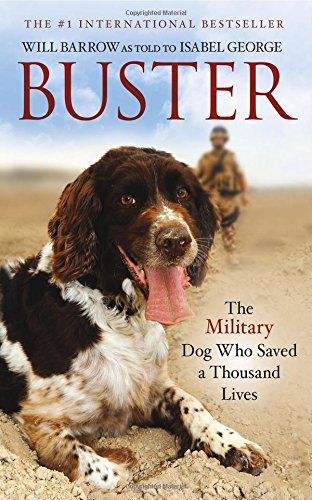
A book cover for Buster: The Military Dog Who Saved a Thousand Lives; Will Barrow; Crafts, Hobbies & Home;